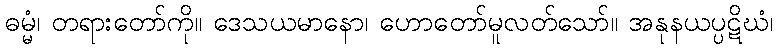
ဓမ္မံ၊ တရားတော်ကို။ ဒေသယမာနော၊ ဟောတော်မူလတ်သော်။ အနုနယပ္ပဋိဃံ၊